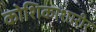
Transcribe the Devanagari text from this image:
कोशिकाशारीर